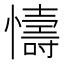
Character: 懤